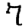
Digit: 7